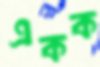
একক